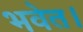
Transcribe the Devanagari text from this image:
भवेत।